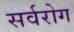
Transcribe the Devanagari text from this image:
सर्वरोग